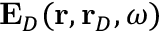
\mathbf { E } _ { D } ( \mathbf { r } , \mathbf { r } _ { D } , \omega )